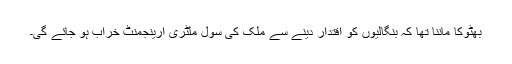
بھٹوکا ماننا تھا کہ بنگالیوں کو اقتدار دینے سے ملک کی سول ملٹری ارینجمنٹ خراب ہو جائے گی۔